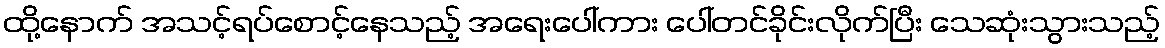
ထို့နောက် အသင့်ရပ်စောင့်နေသည့် အရေးပေါ်ကား ပေါ်တင်ခိုင်းလိုက်ပြီး သေဆုံးသွားသည့်